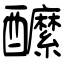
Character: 醿